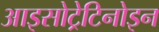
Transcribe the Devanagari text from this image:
आइसोट्रेटिनोइन